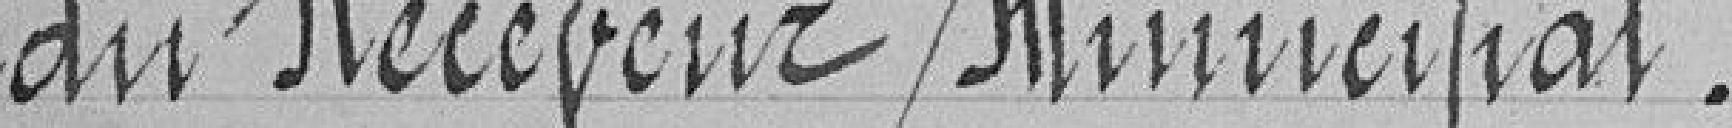
du Receveur Municipal